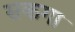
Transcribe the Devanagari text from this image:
सकगा